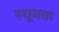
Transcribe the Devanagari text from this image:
स्यूमक